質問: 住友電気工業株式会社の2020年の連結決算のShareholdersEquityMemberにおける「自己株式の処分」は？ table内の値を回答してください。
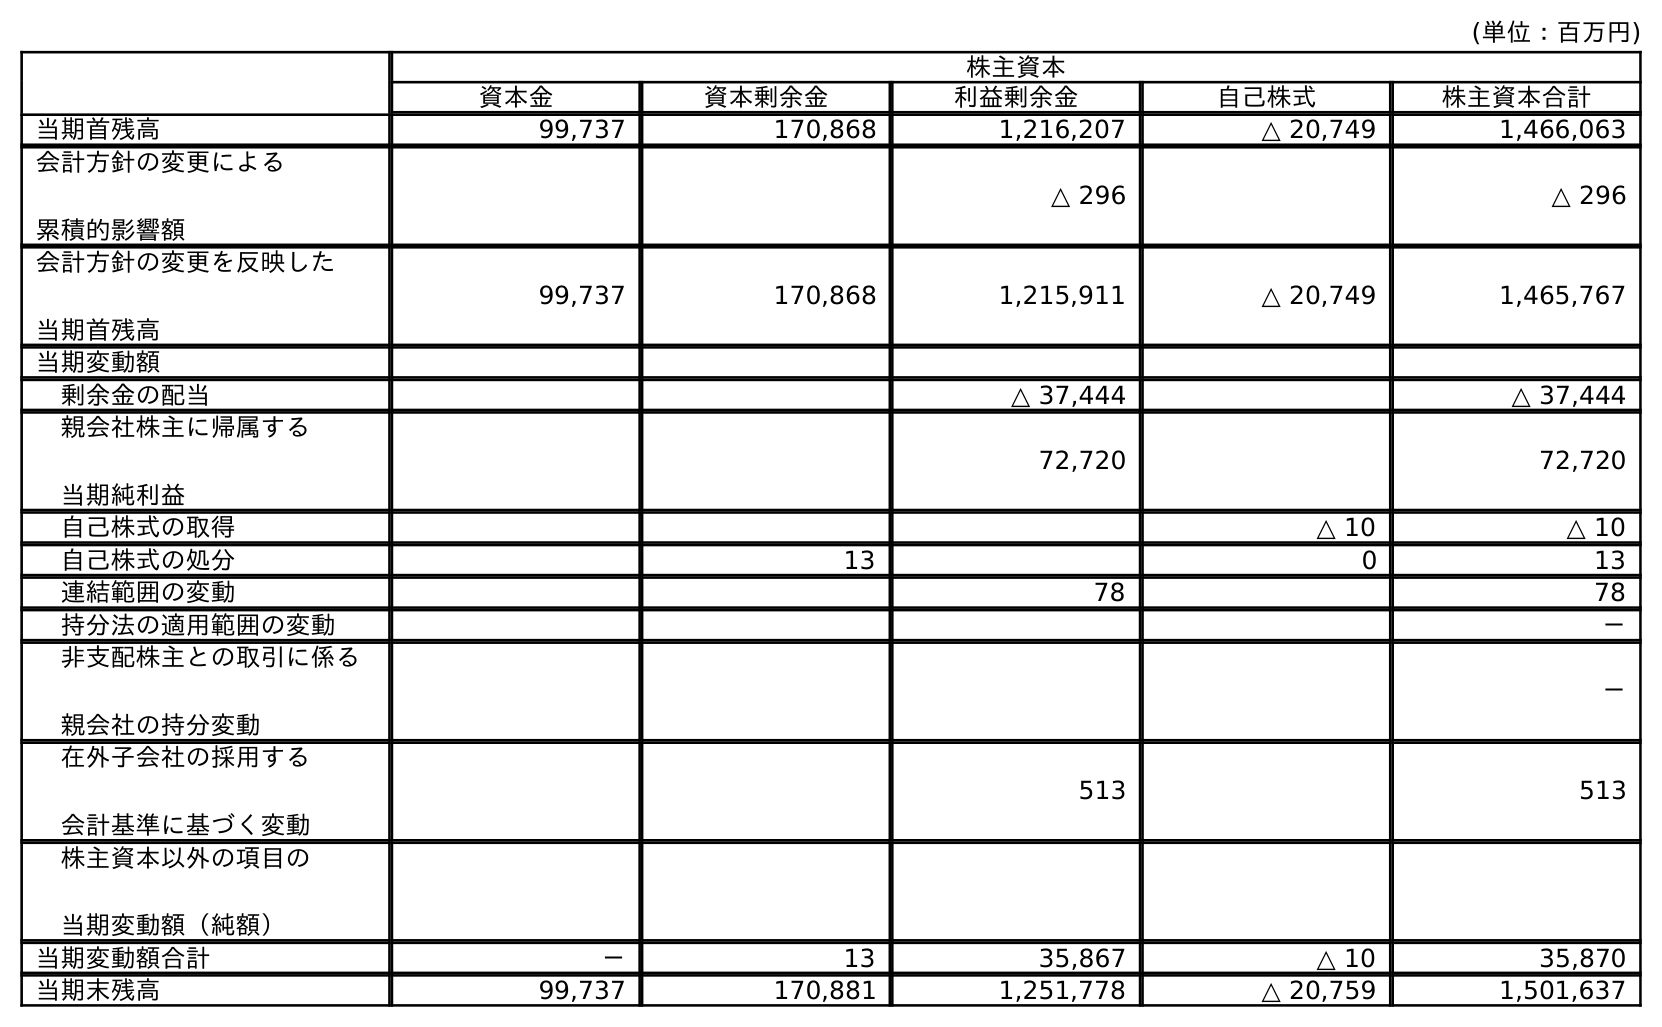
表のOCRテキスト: (単位：百万円) 株主資本 資本金 資本剰余金 利益剰余金 自己株式 株主資本合計 当期首残高 99,737 170,868 1,216,207 △ 20,749 1,466,063 会計方針の変更による 累積的影響額 △ 296 △ 296 会計方針の変更を反映した 当期首残高 99,737 170,868 1,215,911 △ 20,749 1,465,767 当期変動額 剰余金の配当 △ 37,444 △ 37,444 親会社株主に帰属する 当期純利益 72,720 72,720 自己株式の取得 △ 10 △ 10 自己株式の処分 13 0 13 連結範囲の変動 78 78 持分法の適用範囲の変動 － 非支配株主との取引に係る 親会社の持分変動 － 在外子会社の採用する 会計基準に基づく変動 513 513 株主資本以外の項目の 当期変動額（純額） 当期変動額合計 － 13 35,867 △ 10 35,870 当期末残高 99,737 170,881 1,251,778 △ 20,759 1,501,637
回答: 13